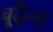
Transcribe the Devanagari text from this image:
बुढ़ैना